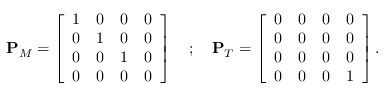
\begin{array} { r } { \mathbf { P } _ { M } = \left[ \begin{array} { c c c c } { 1 } & { 0 } & { 0 } & { 0 } \\ { 0 } & { 1 } & { 0 } & { 0 } \\ { 0 } & { 0 } & { 1 } & { 0 } \\ { 0 } & { 0 } & { 0 } & { 0 } \end{array} \right] ~ ~ ~ ; ~ ~ ~ \mathbf { P } _ { T } = \left[ \begin{array} { c c c c } { 0 } & { 0 } & { 0 } & { 0 } \\ { 0 } & { 0 } & { 0 } & { 0 } \\ { 0 } & { 0 } & { 0 } & { 0 } \\ { 0 } & { 0 } & { 0 } & { 1 } \end{array} \right] . } \end{array}